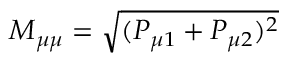
M _ { \mu \mu } = \sqrt { ( P _ { \mu 1 } + P _ { \mu 2 } ) ^ { 2 } }